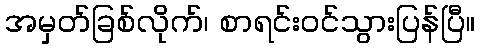
အမှတ်ခြစ်လိုက်၊ စာရင်းဝင်သွားပြန်ပြီ။